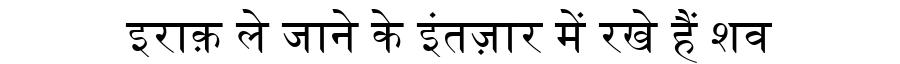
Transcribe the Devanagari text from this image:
इराक़ ले जाने के इंतज़ार में रखे हैं शव